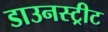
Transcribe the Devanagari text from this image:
डाउनस्ट्रीट